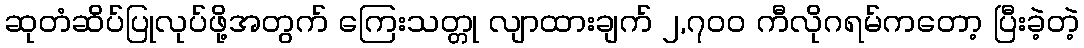
ဆုတံဆိပ်ပြုလုပ်ဖို့အတွက် ကြေးသတ္တု လျာထားချက် ၂,၇၀၀ ကီလိုဂရမ်ကတော့ ပြီးခဲ့တဲ့